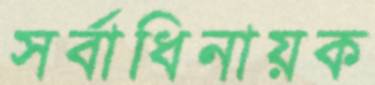
সর্বাধিনায়ক